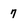
Character: 7